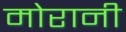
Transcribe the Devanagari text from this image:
मोरानी